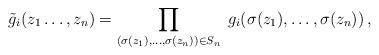
LaTeX: \begin{align*}\tilde{g}_i(z_1\dots,z_n)=\prod_{(\sigma(z_1),\dots,\sigma(z_n))\in S_n}\; g_i(\sigma(z_1),\dots,\sigma(z_n))\,,\end{align*}